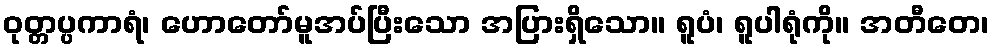
ဝုတ္တပ္ပကာရံ၊ ဟောတော်မူအပ်ပြီးသော အပြားရှိသော။ ရူပံ၊ ရူပါရုံကို။ အတီတေ၊